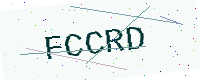
Text: FCCRD